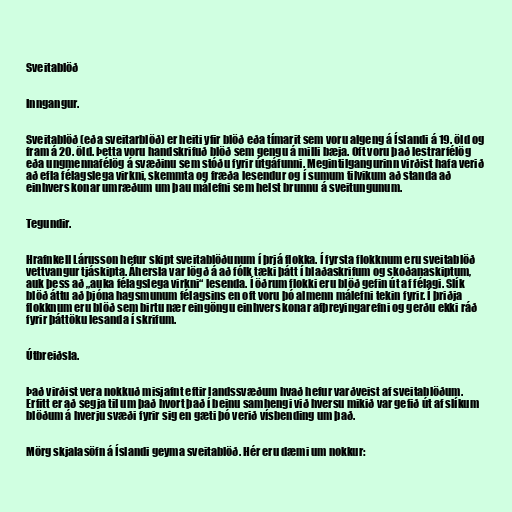
Sveitablöð

Inngangur.

Sveitablöð (eða sveitarblöð) er heiti yfir blöð eða tímarit sem voru algeng á Íslandi á 19. öld og
fram á 20. öld. Þetta voru handskrifuð blöð sem gengu á milli bæja. Oft voru það lestrarfélög
eða ungmennafélög á svæðinu sem stóðu fyrir útgáfunni. Megintilgangurinn virðist hafa verið
að efla félagslega virkni, skemmta og fræða lesendur og í sumum tilvikum að standa að
einhvers konar umræðum um þau málefni sem helst brunnu á sveitungunum.

Tegundir.

Hrafnkell Lárusson hefur skipt sveitablöðunum í þrjá flokka. Í fyrsta flokknum eru sveitablöð
vettvangur tjáskipta. Áhersla var lögð á að fólk tæki þátt í blaðaskrifum og skoðanaskiptum,
auk þess að „auka félagslega virkni“ lesenda. Í öðrum flokki eru blöð gefin út af félagi. Slík
blöð áttu að þjóna hagsmunum félagsins en oft voru þó almenn málefni tekin fyrir. Í þriðja
flokknum eru blöð sem birtu nær eingöngu einhvers konar afþreyingarefni og gerðu ekki ráð
fyrir þáttöku lesanda í skrifum.

Útbreiðsla.

Það virðist vera nokkuð misjafnt eftir landssvæðum hvað hefur varðveist af sveitablöðum.
Erfitt er að segja til um það hvort það í beinu samhengi við hversu mikið var gefið út af slíkum
blöðum á hverju svæði fyrir sig en gæti þó verið vísbending um það.

Mörg skjalasöfn á Íslandi geyma sveitablöð. Hér eru dæmi um nokkur: